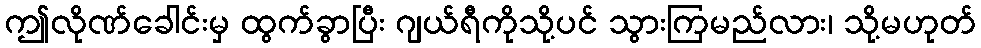
ဤလိုဏ်ခေါင်းမှ ထွက်ခွာပြီး ဂျယ်ရီကိုသို့ပင် သွားကြမည်လား၊ သို့မဟုတ်